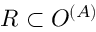
R \subset O ^ { ( A ) }